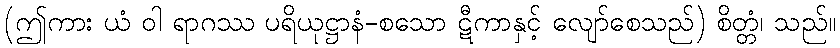
(ဤကား ယံ ဝါ ရာဂဿ ပရိယုဋ္ဌာနံ-စသော ဋီကာနှင့် လျော်စေသည်) စိတ္တံ၊ သည်။